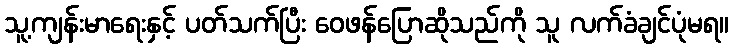
သူ့ကျန်းမာရေးနှင့် ပတ်သက်ပြီး ဝေဖန်ပြောဆိုသည်ကို သူ လက်ခံချင်ပုံမရ။